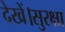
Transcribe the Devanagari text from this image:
देखें।सुरक्षा